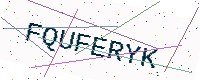
Text: FQUFERYK